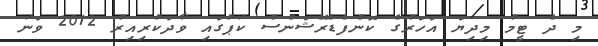
މި ދެ ޓީމު މިދިޔަ އަހަރުގެ ކޮންފެޑެރޭޝަންސް ކަޕުގައި ވާދަކުރިއިރު 2012 ވަނަ